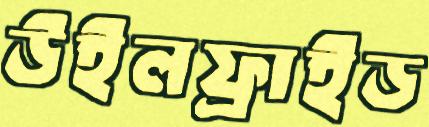
উইলফ্রাইড